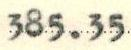
385.35